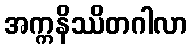
အက္ကနိဿိတဂါလာ